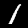
Digit: 1